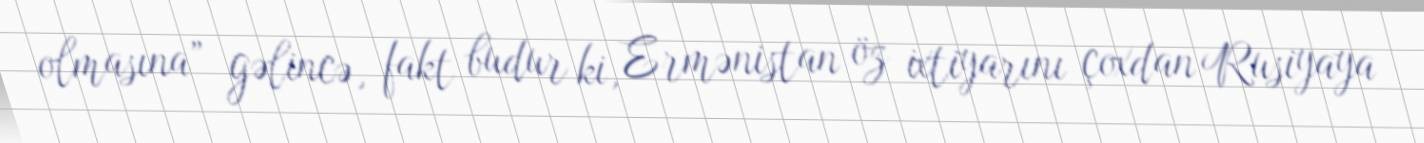
olmasına” gəlincə, fakt budur ki, Ermənistan öz ixtiyarını çoxdan Rusiyaya